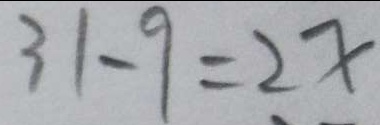
3 1 - 9 = 2 x